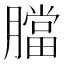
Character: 𦡁